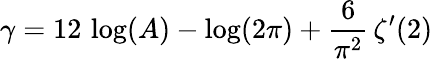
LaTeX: \gamma=12\, \log(A)-\log(2\pi)+{\frac{6}{\pi^{2}}}\, \zeta^{\prime}(2)